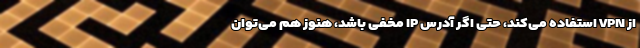
از VPN استفاده می‌کند، حتی اگر آدرس IP مخفی باشد، هنوز هم می‌توان